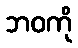
ဘဝကို